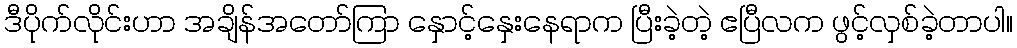
ဒီပိုက်လိုင်းဟာ အချိန်အတော်ကြာ နှောင့်နှေးနေရာက ပြီးခဲ့တဲ့ ဧပြီလက ဖွင့်လှစ်ခဲ့တာပါ။